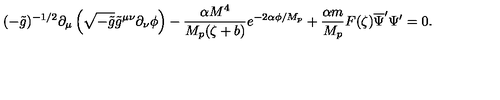
( - \tilde { g } ) ^ { - 1 / 2 } \partial _ { \mu } \left( \sqrt { - \tilde { g } } \tilde { g } ^ { \mu \nu } \partial _ { \nu } \phi \right) - \frac { \alpha M ^ { 4 } } { M _ { p } ( \zeta + b ) } e ^ { - 2 \alpha \phi / M _ { p } } + \frac { \alpha m } { M _ { p } } F ( \zeta ) \overline { { \Psi } } ^ { \prime } \Psi ^ { \prime } = 0 .